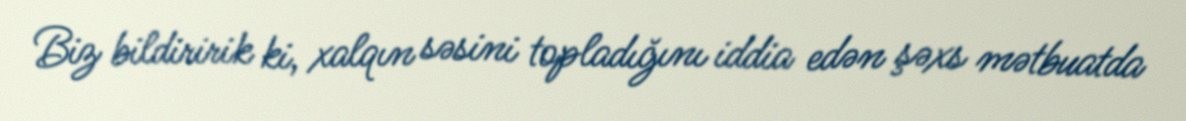
Biz bildiririk ki, xalqın səsini topladığını iddia edən şəxs mətbuatda